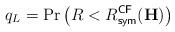
LaTeX: \begin{align*}q_L = \Pr \left(R < R^{\sf CF}_{\sf sym}(\mathbf{H})\right)\end{align*}